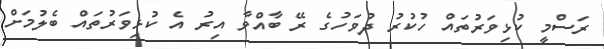
ރަސްމީ ކުޅިވަރުތައް ހުކުރު ދުވަހުގެ ރޭ ބާއްވާ އިރު އެ ކުޅިވަރުތައް ބެލުމަށް